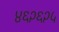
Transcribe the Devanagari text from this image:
४६२६२५